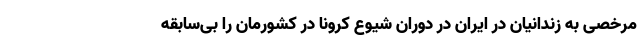
مرخصی به زندانیان در ایران در دوران شیوع کرونا در کشورمان را بی‌سابقه